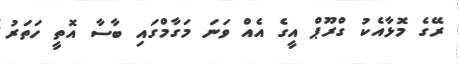
ރޭގެ މޮޅާއެކު ގްރޫޕް އީގެ އެއް ވަނަ މަގާމްގައި ބާސާ އޮތީ ހަތަރު